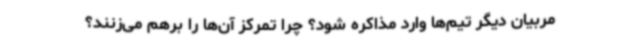
مربیان دیگر تیم‌ها وارد مذاکره شود؟ چرا تمرکز آن‌ها را برهم می‌زنند؟